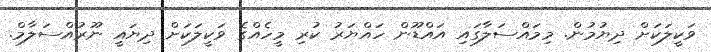
ވަކީލަކަށް ދިޔުމުން. މިމައްސަލާގައި އައްޑޫން ހައްޔަރު ކުރި މީހެއްގެ ވަކީލަކަށް ދިޔައީ ނޫރުއްސަލާމް.